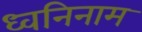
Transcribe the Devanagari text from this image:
ध्वनिनाम